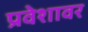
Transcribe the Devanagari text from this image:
प्रवेशावर